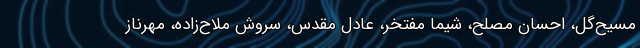
مسیح‌گل، احسان مصلح، شیما مفتخر، عادل مقدس، سروش ملاح‌زاده، مهرناز